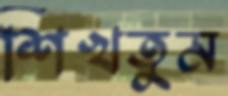
শিখতুম